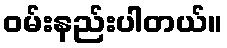
ဝမ်းနည်းပါတယ်။